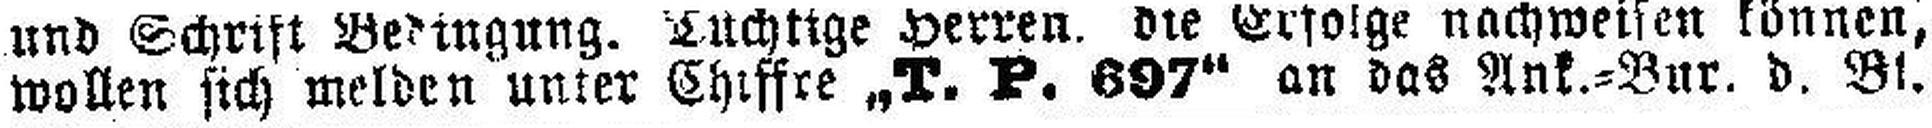
wollen sich melden unter Chiffre „T.P.697“ an das Ank.=Bur. d. Bl.